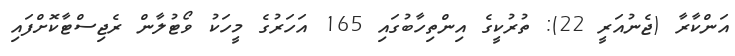
އަންކާރާ (ޖެނުއަރީ 22): ތުރުކީގެ އިންތިހާބުގައި 165 އަހަރުގެ މީހަކު ވޯޓުލާން ރެޖިސްޓާކޮށްފައި